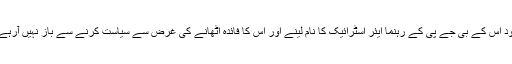
باوجود اس کے بی جے پی کے رہنما ایئر اسٹرائیک کا نام لینے اور اس کا فائدہ اٹھانے کی غرض سے سیاست کرنے سے باز نہیں آرہے ہیں۔